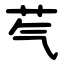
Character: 芞